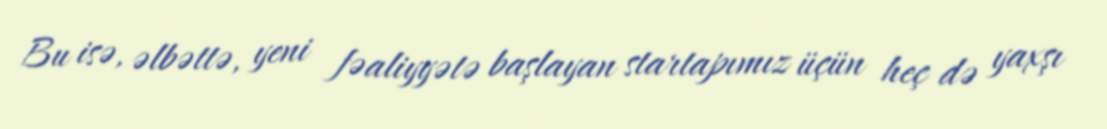
Bu isə, əlbəttə, yeni fəaliyyətə başlayan startapımız üçün heç də yaxşı